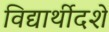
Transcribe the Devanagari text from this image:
विद्यार्थीदशे